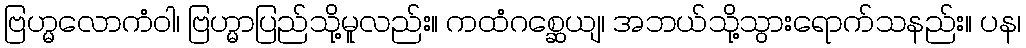
ဗြဟ္မလောကံဝါ၊ ဗြဟ္မာပြည်သို့မူလည်း။ ကထံဂစ္ဆေယျ၊ အဘယ်သို့သွားရောက်သနည်း။ ပန၊